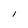
Character: I